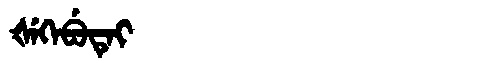
Manchu: ᡧᡝᡴᡝᠪᡠᡨᡝᡳ
Romanization: ŠEKEBUTEI